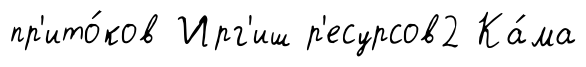
пр'ито́ков Ирг'иш р'есурсов2 Ка́ма